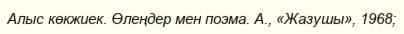
Алыс көкжиек. Өлеңдер мен поэма. А., «Жазушы», 1968;